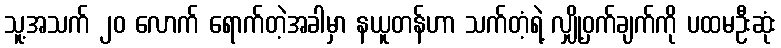
သူ့အသက် ၂၀ လောက် ရောက်တဲ့အခါမှာ နယူတန်ဟာ သက်တံ့ရဲ့ လျှို့ဝှက်ချက်ကို ပထမဦးဆုံး